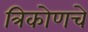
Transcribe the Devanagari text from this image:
त्रिकोणचे